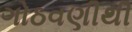
ગોઠવણીથી